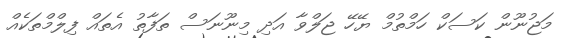
މަޖުނޫން ކަސަކް ހަމްތުމް ޔޭހޭ ޖަލްވާ އަދި މިނޫނަސް ތަފާތު އެތައް ފިލްމްތަކެއް